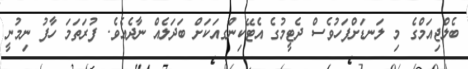
ބެލްޖިއަމްގެ މި ލަނޑަށްފަހުވެސް ދެޓީމުގެ އެޓޭކިންގއަކަށް ބަދަލެއް ނާދެއެވެ. ފުރަތަމަ ހާފު ނިމުނީ